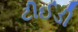
ટીઈડી